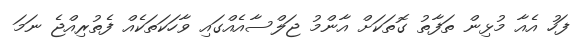
ފަހު އެއާ މުޅިން ތަފާތު ގޮތަކަށް އާންމު ޖަލްސާއެއްގައި ވާހަކަތަކެއް ފެތުރިއްޖެ ނަމަ